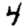
Digit: 4